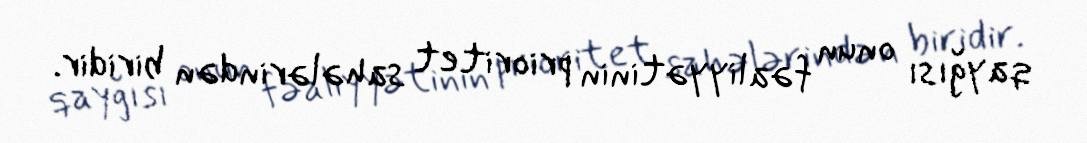
qayğısı onun fəaliyyətinin prioritet sahələrindən biridir.